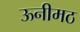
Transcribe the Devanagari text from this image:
ऊनीमठ